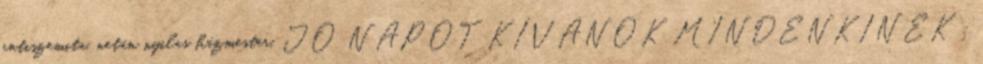
antiszemita, netán nyilas házmester. JÓ NAPOT KÍVÁNOK MINDENKINEK :